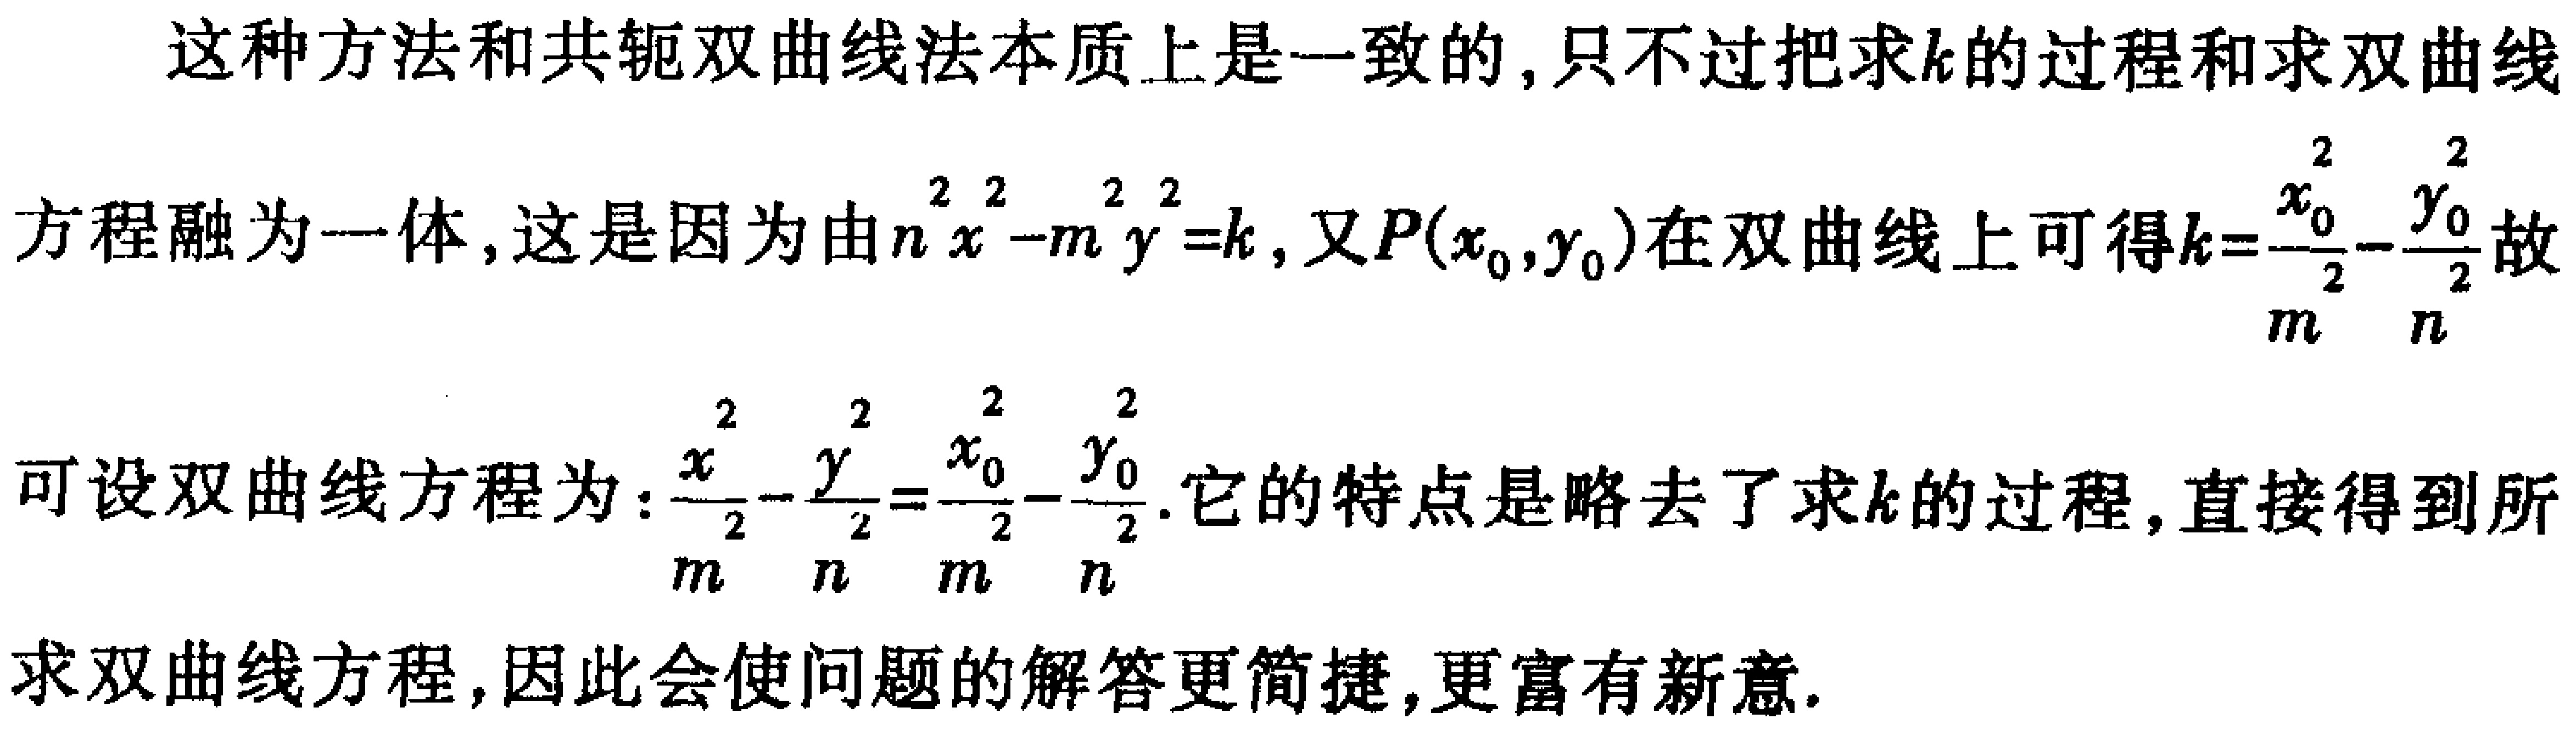
这种方法和共轭双曲线法本质上是一致的,只不过把求\(k\)的过程和求双曲线
方程融为一体,这是因为由\(n^{2}x^{2}-m^{2}y^{2}=k\), 又\(P(x_{0},y_{0})\)在双曲线上可得\(k = \frac{x_{0}^{2}}{m^{2}}-\frac{y_{0}^{2}}{n^{2}}\)故
可设双曲线方程为：\(\frac{x^{2}}{m^{2}}-\frac{y^{2}}{n^{2}}=\frac{x_{0}^{2}}{m^{2}}-\frac{y_{0}^{2}}{n^{2}}\). 它的特点是略去了求\(k\)的过程,直接得到所
求双曲线方程,因此会使问题的解答更简捷,更富有新意.